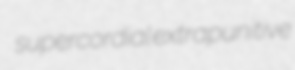
supercordial extrapunitive